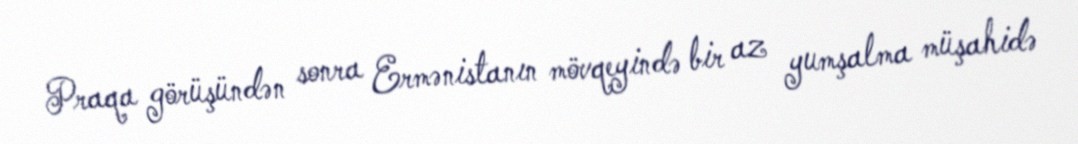
Praqa görüşündən sonra Ermənistanın mövqeyində bir az yumşalma müşahidə